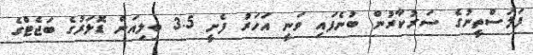
ފަލަސްތީނުގެ ސަރުކާރުން ބުނެފައި ވަނީ އަހަރު ފެށީ 3.5 ބިލިއަން ޑޮލަރުގެ ބަޖެޓްގެ